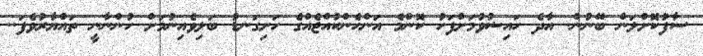
ސާފުކޮށްލަން ބޭނުން. އާދެ ހައިޟުވުމަށްފަހު ކޮންމެ އަންހެންކުއްޖެއްގެ ހަށިގަނޑު ބަލިވެއިނުމަށް ހުންނާނީ ތައްޔާރުވެފަ..